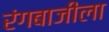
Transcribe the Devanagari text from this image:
रंगबाजीला